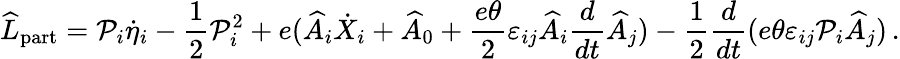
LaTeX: \widehat{L}_{\mathrm{part}}={\cal P}_{i}\dot{\eta}_{i}-\frac{1}{2}{\cal P}_{i}^{2}+e(\widehat{A}_{i}\dot{X}_{i}+\widehat{A}_{0}+\frac{e\theta}{2}\varepsilon_{ij}\widehat{A}_{i}\frac{d}{dt}\widehat{A}_{j})-\frac{1}{2}\frac{d}{dt}(e\theta\varepsilon_{ij}{\cal P}_{i}\widehat{A}_{j})\, .